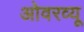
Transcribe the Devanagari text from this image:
ओवरव्यू